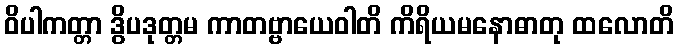
ဝိပါကတ္တာ ဒွိပဒုတ္တမ ကာတဗ္ဗာယေဝါတိ ကိရိယမနောဓာတု ထလောတိ